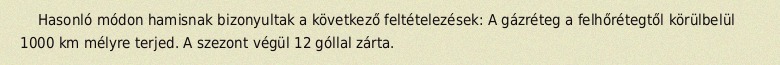
Hasonló módon hamisnak bizonyultak a következő feltételezések: A gázréteg a felhőrétegtől körülbelül 1000 km mélyre terjed. A szezont végül 12 góllal zárta.